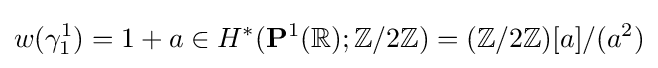
w(\gamma _{1}^{1})=1+a\in H^{*}(\mathbf {P} ^{1}(\mathbb {R} );\mathbb {Z} /2\mathbb {Z} )=(\mathbb {Z} /2\mathbb {Z} )[a]/(a^{2})